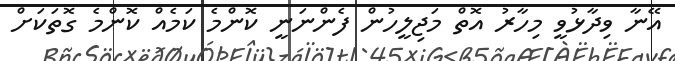
އޭނާ ވިދާޅުވީ މިހާރު އޮތް މަޖިލީހުން ފެންނަނީ ކޮންމެ ކަމެއް ކޮންމެ ގޮތަކަށް